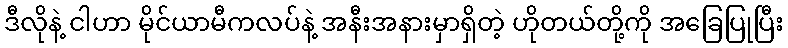
ဒီလိုနဲ့ ငါဟာ မိုင်ယာမီကလပ်နဲ့ အနီးအနားမှာရှိတဲ့ ဟိုတယ်တို့ကို အခြေပြုပြီး